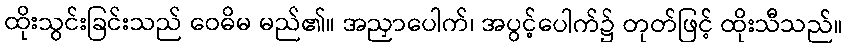
ထိုးသွင်းခြင်းသည် ဝေဓိမ မည်၏။ အညှာပေါက်၊ အပွင့်ပေါက်၌ တုတ်ဖြင့် ထိုးသီသည်။